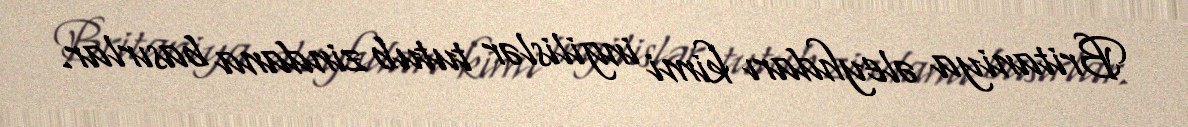
Britaniya əleyhdarı kimi ingilislər tutub zindana basırlar.